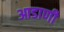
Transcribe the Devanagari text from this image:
आडाणी